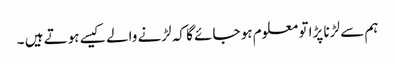
ہم سے لڑنا پڑا تو معلوم ہو جائے گا کہ لڑنے والے کیسے ہوتے ہیں ۔